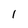
Character: 1